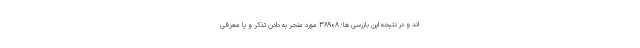
اند و در نتیجه این بازرسی ها؛ ۳۸۹۰۸ مورد منجر به دادن تذکر و یا معرفی